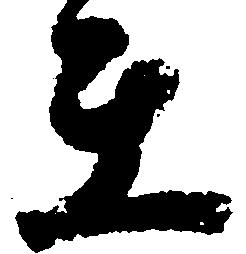
在